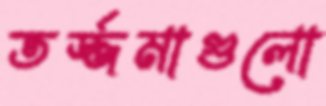
তর্জ্জমাগুলো